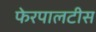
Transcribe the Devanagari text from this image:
फेरपालटीस